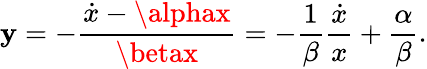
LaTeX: \mathbf{y}=-\frac{{\dot{{x}}-\alphax}}{{\betax}}=-\frac{{1}}{{\beta}}\frac{{\dot{{x}}}}{{x}}+\frac{{\alpha}}{{\beta}}.